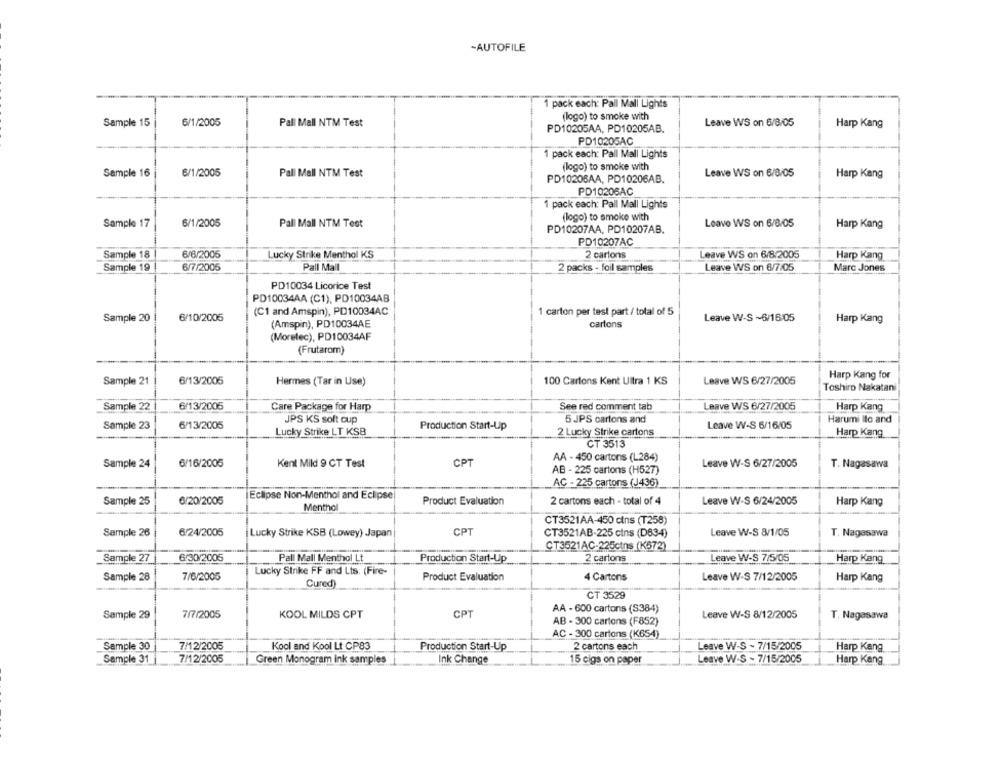
-AUTOFILE
1 pack each: Pall Mall Lights
Sample 15
6/1/2005
Pall Mall NTM Test
(logo) to smoke with
Leave WS on 6/8/05
Harp Kang
PD10205AA, PD10205AB.
PD10205AC
1 pack each: Pall Mall Lights
(logo) to smoke with
Sample 16
6/1/2005
Pall Mall NTM Test
Leave WS on 6/8/05
Harp Kang
PD1020SAA, PD10206AB.
PD10206AC
1 pack each: Pall Mall Lights
(logo) to smoke with
Sample 17
6/1/2005
Pall Mall NTM Test
PD10207AA, PD10207AB.
Leave WS on 6/8/05
Harp Kang
PD10207AC
Sample 18
6/6/2005
Lucky Strike Menthol KS
2 cartons
Leave WS on 6/8/2005
Harp Kang
6/7/2005
Pall Mall
Leave WS on 6/7/05
Sample 19
2 packs - foil samples
Marc Jones
PD10034 Licorice Test
PD10034AA (C1), PD10034AB
(C1 and Amspin), PD10034AC
1 carton per test part / total of 5
Sample 20
6/10/2005
Leave W-S ~6/16:05
Harp Kang
(Amspin), PD10034AE
cartons
(Moretec), PD10034AF
(Frutarom)
Sample 21
6/13/2006
Hermes (Tar in Use)
100 Cartons Kent Ultra 1 KS
Leave WS 6/27/2005
Harp Kang for
Toshiro Nakatani
Sample 22
6/13/2005
Care Package for Harp
See red comment tab
Leave WS 6/27/2005
Harp Kang
5 JPS cartons and
Harumi llo and
Sample 23
6/13/2005
JPS KS soft cup
Production Start-Up
Leave W-S 6/16/05
Lucky Strike LT KSB
2 Lucky Strike cartons
Harp Kang
CT 3513
AA - 450 cartons (L284)
Sample 24
6/16/2005
Kent Mild 9 CT Test
CPT
Leave W-S 6/27/2005
T. Nagasawa
AB - 225 cartons (H527)
AC - 225 cartons (J436)
Sample 25
6/20/2005
Eclipse Non-Menthol and Eclipse
Product Evaluation
2 cartons each - total of 4
Leave W-S 6/24/2005
Harp Kang
Menthol
CT3521AA-450 cins (T258)
Sample 26
6/24/2005
CPT
CT3521AB-225 cins (D634)
Leave W-S 8/1/05
Lucky Strike KSB (Lowey) Japan
T. Nagasawa
CT3521AC-225ctns (K672)
_Sample 27
6/30/2005
Pall Mall Menthol Lt
Production Start-Up
2 cartons
Leave W-S 7/5/05
Harp Kang
Lucky Strike FF and Lts. (Fire-
Sample 28
7/6/2005
Product Evaluation
4 Cartons
Leave W-S 7/12/2005
Harp Kang
Cured)
CT 3529
AA - 600 cartons (S384)
Sample 29
7/7/2005
KOOL MILDS CPT
CPT
Leave W-S 8/12/2005
T. Nagasawa
AB - 300 cartons (F852)
AC - 300 cartons (K654)
Sample 30
7/12/2005
Kool and Kool Lt CP83
Production Start-Up
2 cartons each
Leave W-S ~ 7/15/2005
Harp Kang
Sample 31
7/12/2005
Green Monogram ink samples
Ink Change
15 cigs on paper
Leave W-S - 7/15/2005
Harp Kang